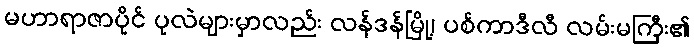
မဟာရာဇာပိုင် ပုလဲများမှာလည်း လန်ဒန်မြို့၊ ပစ်ကာဒီလီ လမ်းမကြီး၏